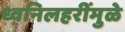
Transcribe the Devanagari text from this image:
ध्वनिलहरींमुळे